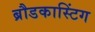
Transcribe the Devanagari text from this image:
ब्रौडकास्टिंग